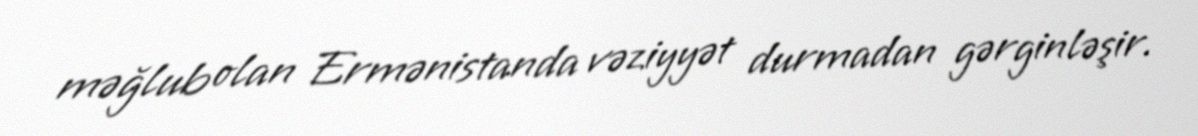
məğlub olan Ermənistanda vəziyyət durmadan gərginləşir.